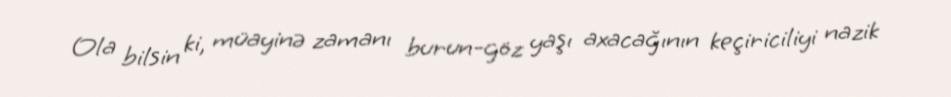
Ola bilsin ki, müayinə zamanı burun-göz yaşı axacağının keçiriciliyi nazik